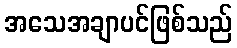
အသေအချာပင်ဖြစ်သည်